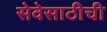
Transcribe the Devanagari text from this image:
सेवेसाठीची